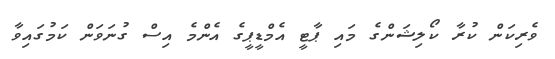
ވެރިކަން ކުރާ ކޯލިޝަންގެ މައި ޕާޓީ އެމްޑީޕީގެ އެންމެ އިސް ގުނަވަން ކަމުގައިވާ